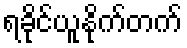
ရခိုင်ယူနိုက်တက်